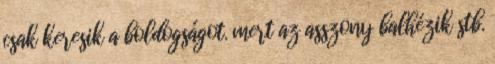
csak keresik a boldogságot. mert az asszony balhézik stb.